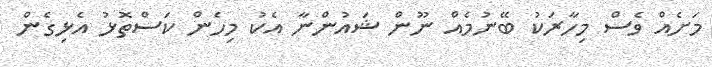
މަށެއް ވެސް މިހާރަކު ބޭނުމެއް ނޫން ޝައުންނާ އެކު މިހެން ކަސްތޮޅު އެޅިގެން